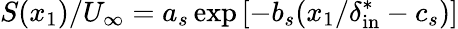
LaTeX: S(x_{1})/U_{\infty}=a_{s}\exp{[-b_{s}(x_{1}/\delta_{\mathrm{in}}^{*}-c_{s})]}